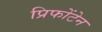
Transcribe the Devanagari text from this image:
प्रिफोंटेन